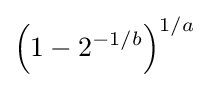
\left(1-2^{-1/b}\right)^{1/a}